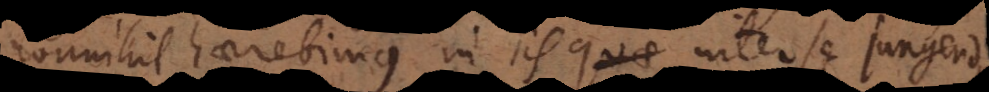
nonnihil haerebimus in iis quae inter se jungendis